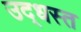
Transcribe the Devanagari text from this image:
उद्‌धस्त